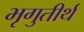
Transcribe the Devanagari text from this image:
भृगुतीर्थ